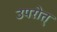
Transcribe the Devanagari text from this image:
उपरोत्त्